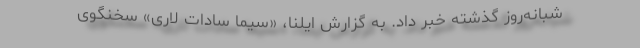
شبانه‌روز گذشته خبر داد. به گزارش ایلنا، «سیما سادات لاری» سخنگوی